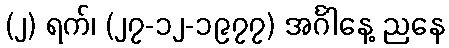
(၂) ရက်၊ (၂၇-၁၂-၁၉၇၇) အင်္ဂါနေ့ ညနေ